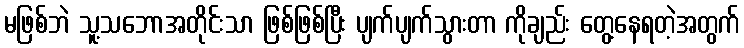
မဖြစ်ဘဲ သူ့သဘောအတိုင်းသာ ဖြစ်ဖြစ်ပြီး ပျက်ပျက်သွားတာ ကိုချည်း တွေ့နေရတဲ့အတွက်